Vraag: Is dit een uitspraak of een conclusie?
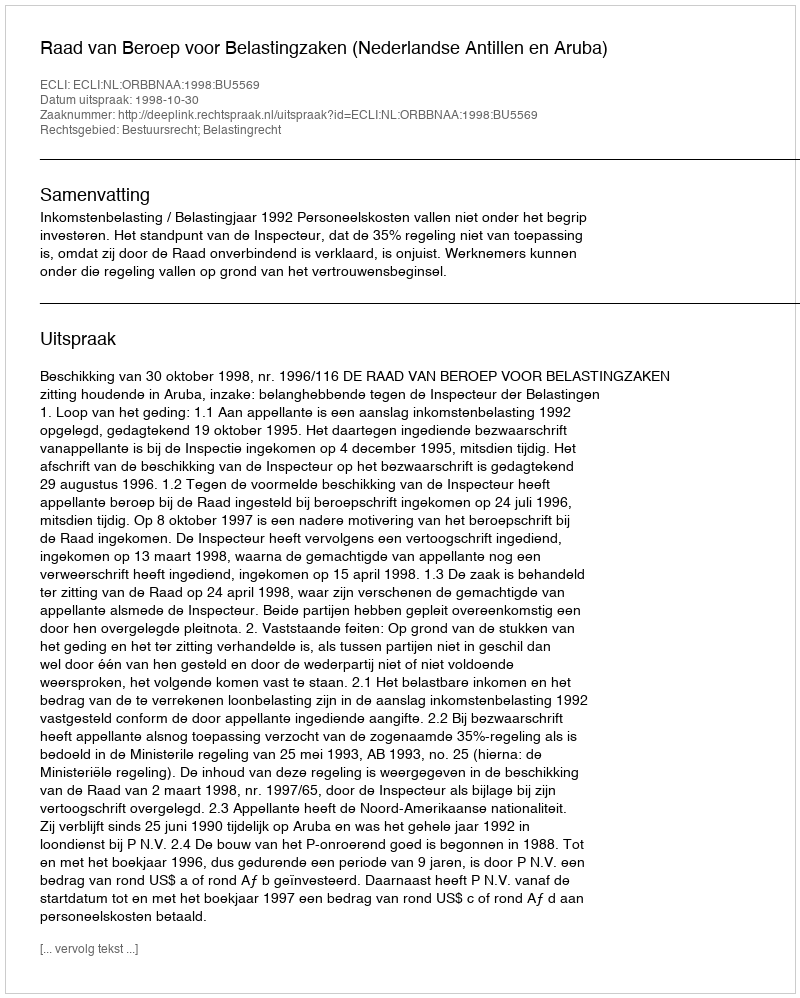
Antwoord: Uitspraak